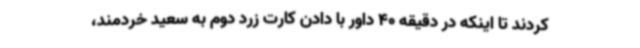
کردند تا اینکه در دقیقه 40 داور با دادن کارت زرد دوم به سعید خردمند،